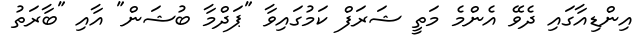
އިންޑިއާގައި ދެވޭ އެންމެ މަތީ ޝަރަފް ކަމުގައިވާ "ޕަދްމާ ބުޝަން" އާއި "ބާރަތު